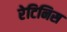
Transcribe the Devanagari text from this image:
रेटिनिस